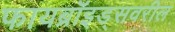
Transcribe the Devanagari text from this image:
फायब्रॉइड्‌सवरील